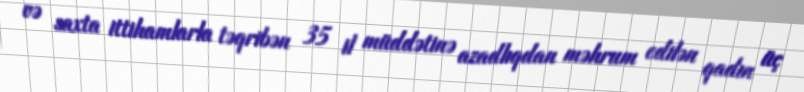
və saxta ittihamlarla təqribən 35 il müddətinə azadlıqdan məhrum edilən qadın üç